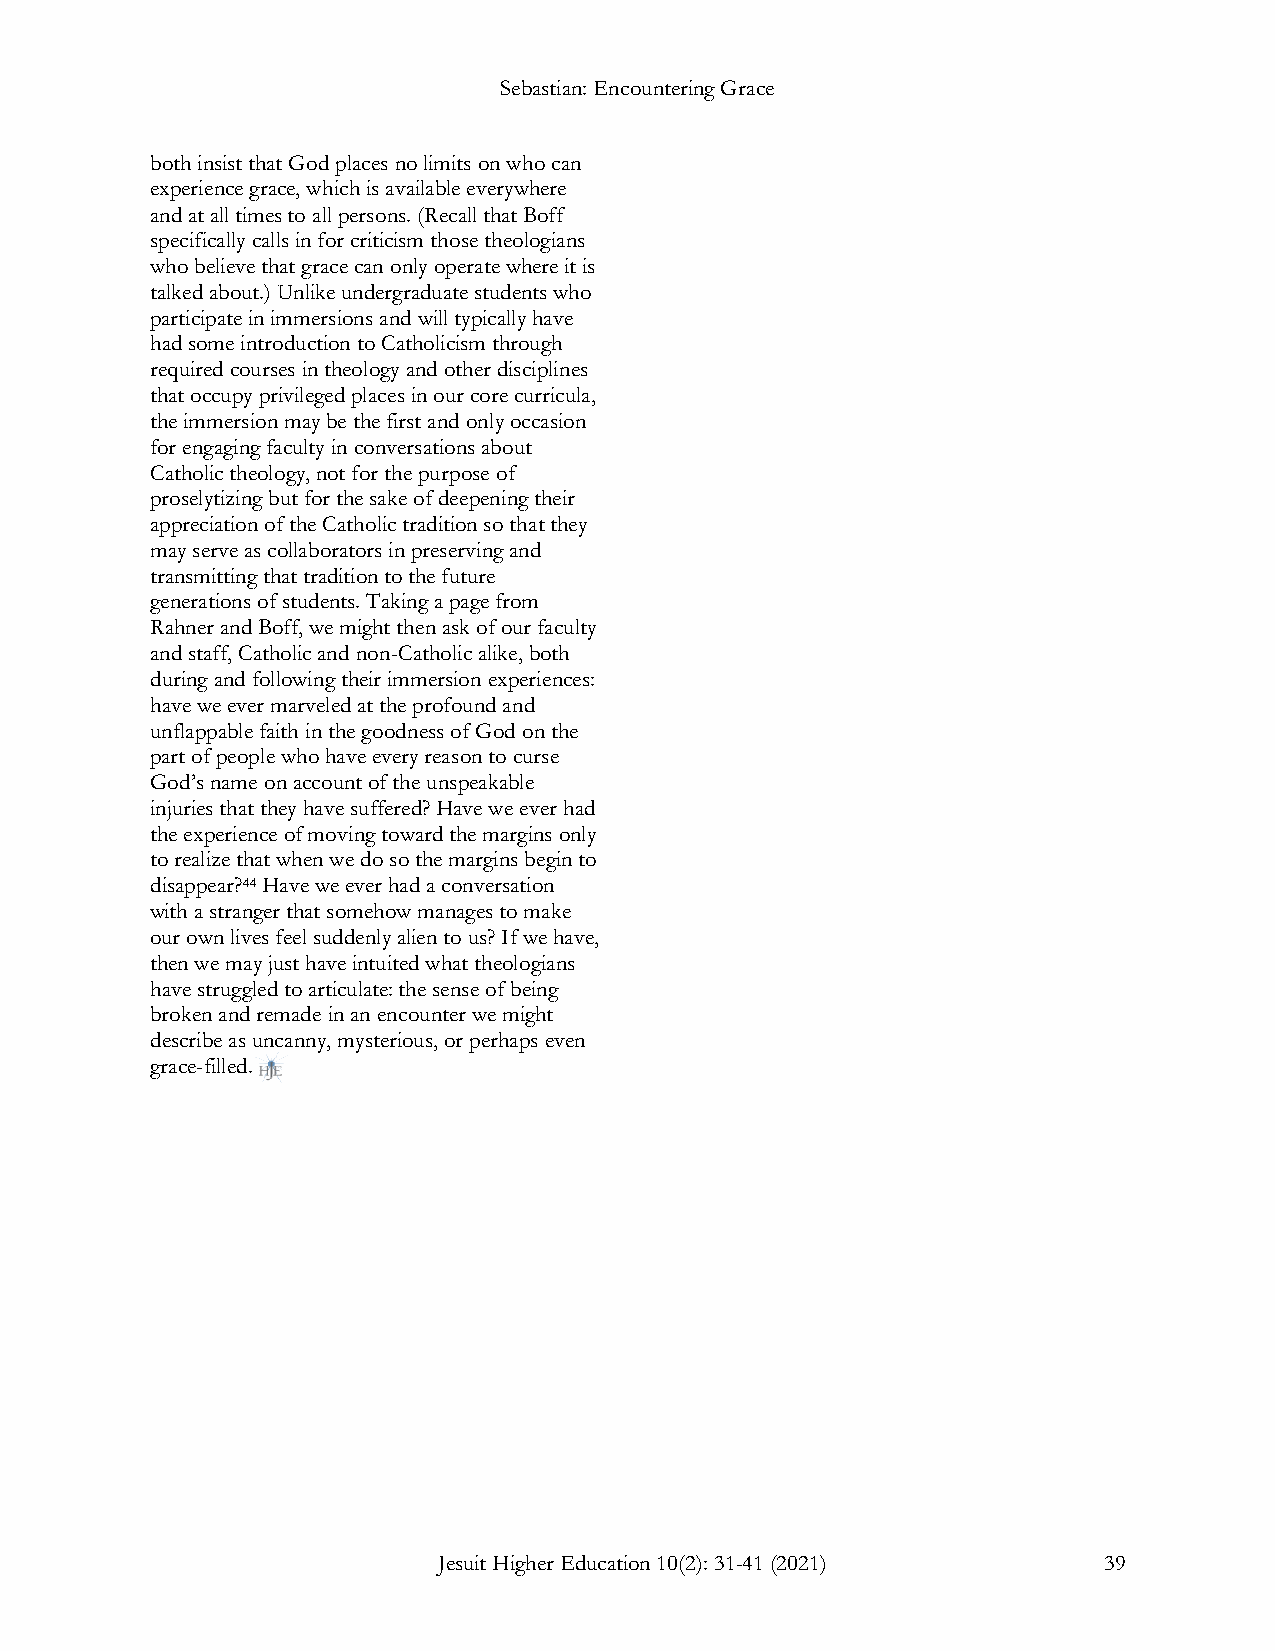
Sebastian: Encountering Grace
 both insist that God places no limits on who can
 experience grace, which is available everywhere
 and at all times to all persons. (Recall that Boff
 specifically calls in for criticism those theologians
 who believe that grace can only operate where it is
 talked about.) Unlike undergraduate students who
 participate in immersions and will typically have
 had some introduction to Catholicism through
 required courses in theology and other disciplines
 that occupy privileged places in our core curricula,
 the immersion may be the first and only occasion
 for engaging faculty in conversations about
 Catholic theology, not for the purpose of
 proselytizing but for the sake of deepening their
 appreciation of the Catholic tradition so that they
 may serve as collaborators in preserving and
 transmitting that tradition to the future
 generations of students. Taking a page from
 Rahner and Boff, we might then ask of our faculty
 and staff, Catholic and non-Catholic alike, both
 during and following their immersion experiences:
 have we ever marveled at the profound and
 unflappable faith in the goodness of God on the
 part of people who have every reason to curse
 God’s name on account of the unspeakable
 injuries that they have suffered? Have we ever had
 the experience of moving toward the margins only
 to realize that when we do so the margins begin to
 disappear?44 Have we ever had a conversation
 with a stranger that somehow manages to make
 our own lives feel suddenly alien to us? If we have,
 then we may just have intuited what theologians
 have struggled to articulate: the sense of being
 broken and remade in an encounter we might
 describe as uncanny, mysterious, or perhaps even
 grace-filled.
 Jesuit Higher Education 10(2): 31-41 (2021) 3 9